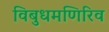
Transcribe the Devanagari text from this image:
विबुधमणिरिव